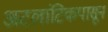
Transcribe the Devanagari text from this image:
अटलांटिकपासून